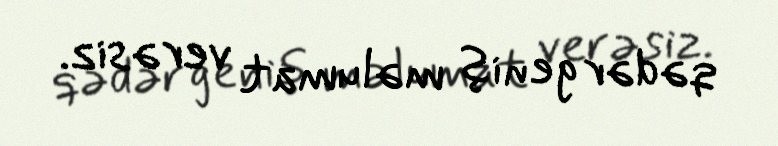
qədər geniş məlumat verəsiz.